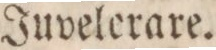
Juvelerare.